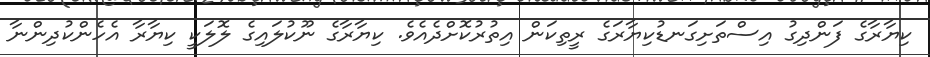
ކިޔާރާގެ ފަންދިގު އިސްތަށިގަނޑުކިޔާރަގެ ރީތިކަން އިތުރުކޮށްދެއެވެ. ކިޔާރާގެ ނޫކުލައިގެ ލޮލަކީ ކިޔާރާ އެހެންކުދިންނާ